Indian journal of veterinary science and animal husbandry - Volumes 24-25, 1954-1955
Year: 1954
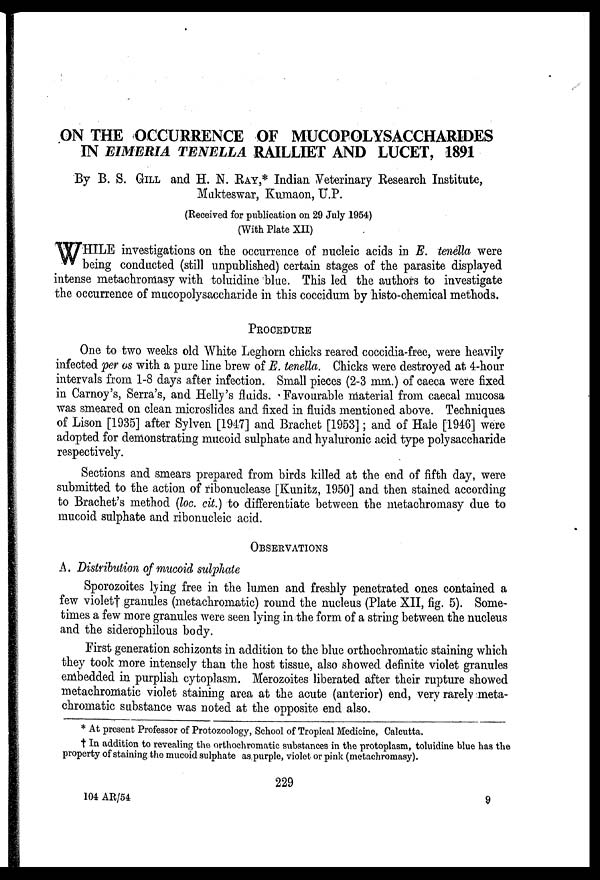
ON THE OCCURRENCE OF MUCOPOLYSACCHARIDES
IN EIMERIA TENELLA RAILLIET AND LUCET, 1891
By B. S. GILL and H. N. RAY,* Indian Veterinary Research Institute,
Mukteswar, Kumaon, U.P.
(Received for publication on 29 July 1954)
(With Plate XII)
WHILE
investigations on the occurrence of nucleic acids in E. tenella were
being conducted (still unpublished) certain stages of the parasite displayed
intense metachromasy with toluidine blue. This led the authors to investigate
the occurrence of mucopolysaccharide in this coccidum by histo-chemical methods.
PROCEDURE
One to two weeks old White Leghorn chicks reared coccidia-free, were heavily
infected per os with a pure line brew of E. tenella. Chicks were destroyed at 4-hour
intervals from 1-8 days after infection. Small pieces (2-3 mm.) of caeca were fixed
in Carnoy's, Serra's, and Helly's fluids. Favourable material from caecal mucosa
was smeared on clean microslides and fixed in fluids mentioned above. Techniques
of Lison [1935] after Sylven [1947] and Brachet [1953] ; and of Hale [1946] were
adopted for demonstrating mucoid sulphate and hyaluronic acid type polysaccharide
respectively.
Sections and smears prepared from birds killed at the end of fifth day, were
submitted to the action of ribonuclease [Kunitz, 1950] and then stained according
to Brachet's method (loc. cit.) to differentiate between the metachromasy due to
mucoid sulphate and ribonucleic acid.
OBSERVATIONS
A. Distribution of mucoid sulphate
Sporozoites lying free in the lumen and freshly penetrated ones contained a
few violet† granules (metachromatic) round the nucleus (Plate XII, fig. 5). Some-
times a few more granules were seen lying in the form of a string between the nucleus
and the siderophilous body.
First generation schizonts in addition to the blue orthochromatic staining which
they took more intensely than the host tissue, also showed definite violet granules
embedded in purplish cytoplasm. Merozoites liberated after their rupture showed
metachromatic violet staining area at the acute (anterior) end, very rarely meta-
chromatic substance was noted at the opposite end also.
* At present Professor of Protozoology, School of Tropical Medicine, Calcutta.
† In addition to revealing the orthochromatic substances in the protoplasm, toluidine blue has the
property of staining the mucoid sulphate as purple, violet or pink (metachromasy).
229
104 AR/54
9